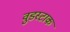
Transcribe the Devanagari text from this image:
वुडस्टाक